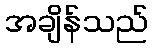
အချိန်သည်